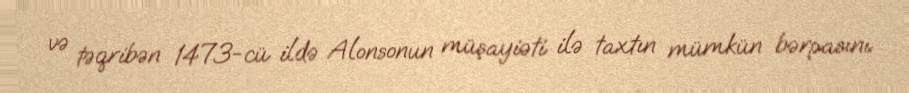
və təqribən 1473-cü ildə Alonsonun müşayiəti ilə taxtın mümkün bərpasını